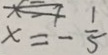
x = - \frac { 1 } { 5 }